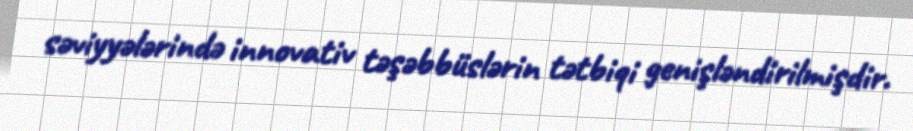
səviyyələrində innovativ təşəbbüslərin tətbiqi genişləndirilmişdir.